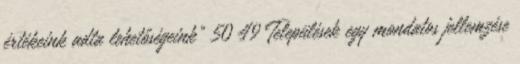
értékeink adta lehetőségeink” 50 49 Települések egy mondatos jellemzése